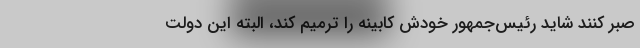
صبر کنند شاید رئیس‌جمهور خودش کابینه را ترمیم کند، البته این دولت